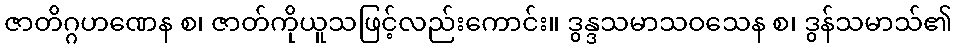
ဇာတိဂ္ဂဟဏေန စ၊ ဇာတ်ကိုယူသဖြင့်လည်းကောင်း။ ဒွန္ဒသမာသဝသေန စ၊ ဒွန်သမာသ်၏